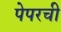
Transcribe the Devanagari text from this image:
पेपरची